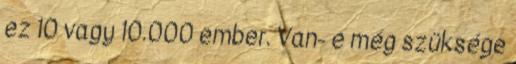
ez 10 vagy 10.000 ember. Van- e még szüksége